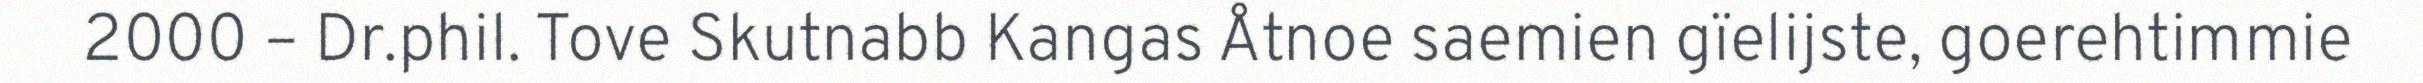
2000 – Dr.phil. Tove Skutnabb Kangas Åtnoe saemien gïelijste, goerehtimmie